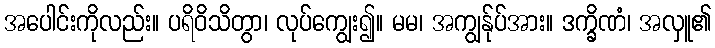
အပေါင်းကိုလည်း။ ပရိဝိသိတွာ၊ လုပ်ကျွေး၍။ မမ၊ အကျွန်ုပ်အား။ ဒက္ခိဏံ၊ အလှူ၏